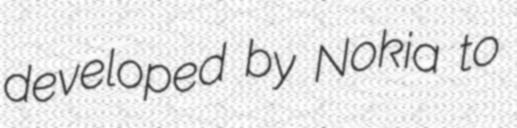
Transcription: developed by Nokia to